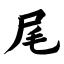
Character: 尾